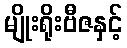
မျိုးရိုးဗီဇနှင့်